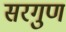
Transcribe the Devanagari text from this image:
सरगुण